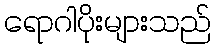
ရောဂါပိုးများသည်